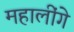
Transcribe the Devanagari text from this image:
महालींगे